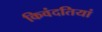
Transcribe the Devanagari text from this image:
किवंदतियां